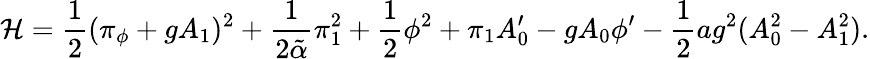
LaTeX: {\cal H}={\frac{1}{2}}(\pi_{\phi}+gA_{1})^{2}+{\frac{1}{2\tilde{\alpha}}}\pi_{1}^{2}+{\frac{1}{2}}\phi^{2}+\pi_{1}A_{0}^{\prime}-gA_{0}\phi^{\prime}-{\frac{1}{2}}ag^{2}(A_{0}^{2}-A_{1}^{2}).